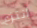
انتزع